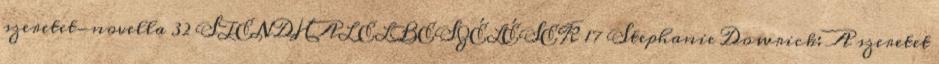
szeretet-novella 32 STENDHAL ELBESZÉLÉSEK 17 Stephanie Dowrick: A szeretet